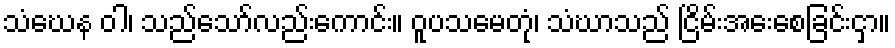
သံဃေန ဝါ၊ သည်သော်လည်းကောင်း။ ဝူပသမေတုံ၊ သံဃာသည် ငြိမ်းအေးစေခြင်းငှာ။